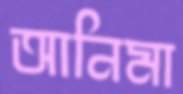
আনিমা